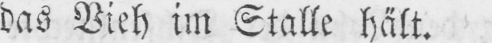
das Vieh im Stalle hält.